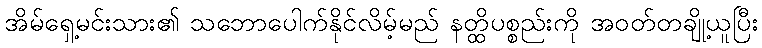
အိမ်ရှေ့မင်းသား၏ သဘောပေါက်နိုင်လိမ့်မည် နတ္ထိပစ္စည်းကို အဝတ်တချို့ယူပြီး